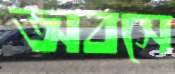
অবসে